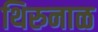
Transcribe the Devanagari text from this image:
थिरुनाळ